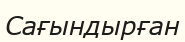
Сағындырған